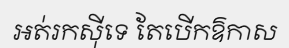
អត់រកស៊ីទេ តែបើកឱកាស